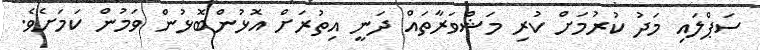
ސަޕްލައި މަދު ކުރުމަށް ކުރި މަޝްވަރާތައް ދަނީ އިތުރަށް އޮޅުންބޮޅުން ވަމުން ކަމަށެވެ.